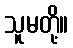
သူမတို့။